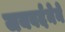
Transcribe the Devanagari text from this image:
जयवर्दनेने